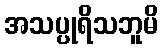
အသပ္ပုရိသဘူမိ